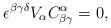
LaTeX: \begin{align*}\epsilon ^{\beta \gamma \delta }V_\alpha C_{\beta \gamma }^\alpha =0,\end{align*}